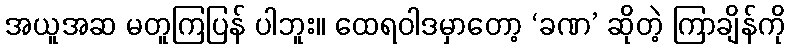
အယူအဆ မတူကြပြန် ပါဘူး။ ထေရဝါဒမှာတော့ ‘ခဏ’ ဆိုတဲ့ ကြာချိန်ကို